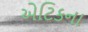
એટિકના